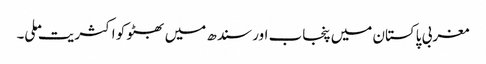
مغربی پاکستان میں پنجاب اور سندھ میں بھٹو کو اکثریت ملی۔